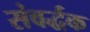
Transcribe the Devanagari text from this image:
संवर्द्धक